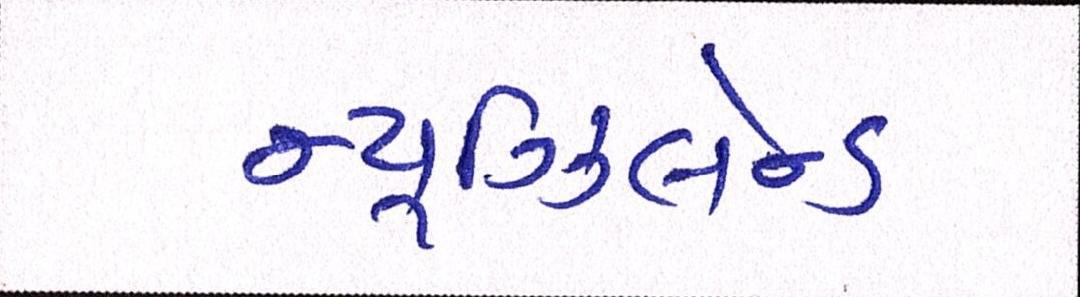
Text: ન્યૂઝિલેન્ડ